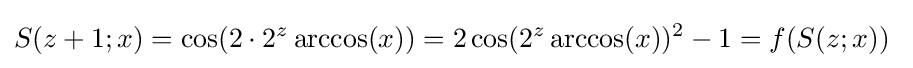
S(z+1;x)=\cos(2\cdot 2^{z}\arccos(x))=2\cos(2^{z}\arccos(x))^{2}-1=f(S(z;x))\